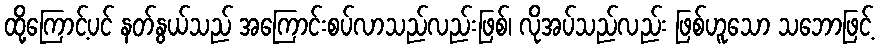
ထို့ကြောင့်ပင် နတ်နွယ်သည် အကြောင်းစပ်လာသည်လည်းဖြစ်၊ လိုအပ်သည်လည်း ဖြစ်ဟူသော သဘောဖြင့်